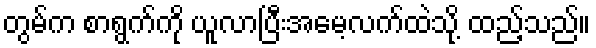
တွမ်က စာရွက်ကို ယူလာပြီးအမေ့လက်ထဲသို့ ထည့်သည်။